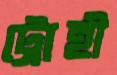
ট্রোহী